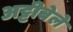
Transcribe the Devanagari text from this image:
अट्टीबेले